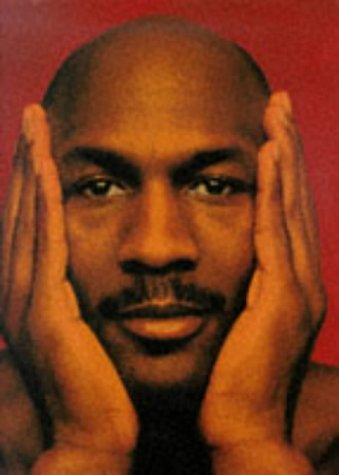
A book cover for For the Love of the Game: My Story; Michael Jordan; Biographies & Memoirs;